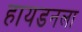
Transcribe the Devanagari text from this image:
हायडनला